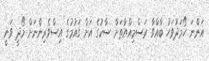
އަންނަ ހޯމަދުވަހު ބާއްވާ ރަސްމިއްޔާތަށް ސާކުގެ އަށް ގައުމުގެ އިސްވެރިންނަށް މޯދީ ވަނީ